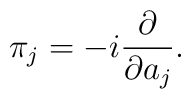
\pi_j = -i {\partial\over\partial a_j}.